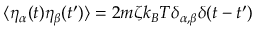
\langle \eta _ { \alpha } ( t ) \eta _ { \beta } ( t ^ { \prime } ) \rangle = { 2 m \zeta k _ { B } T \delta _ { \alpha , \beta } \delta ( t - t ^ { \prime } ) }